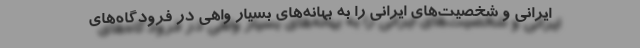
ایرانی و شخصیت‌های ایرانی را به بهانه‌های بسیار واهی در فرودگاه‌های